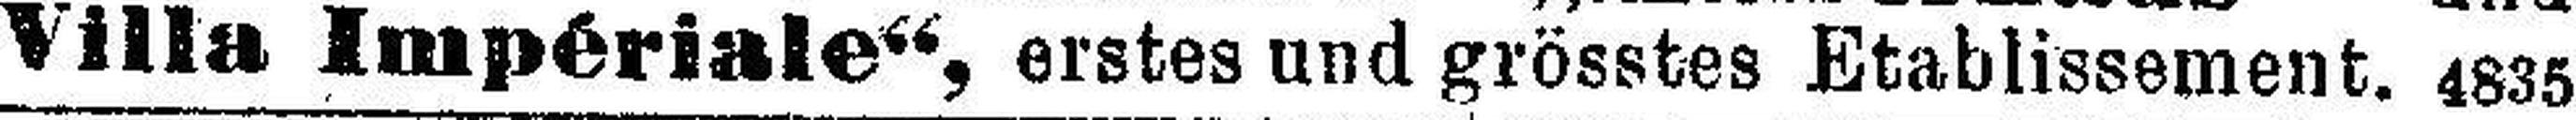
„Villa Impériale“, erstes und grösstes Etablissement. 4835